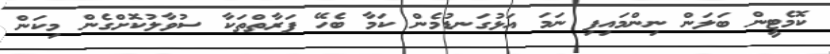
ކޮމެޓީން ބަލަން ނިންމައިފި ނަމަ އަޅުގަނޑުމެން ކަމާ ބެހޭ ފަރާތްތަކާ ސުވާލުކޮށްގެން މިކަން